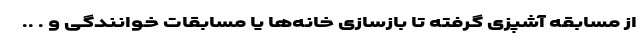
از مسابقه آشپزی گرفته تا بازسازی خانه‌ها یا مسابقات خوانندگی و . ..